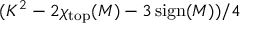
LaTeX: ( K ^ { 2 } - 2 \chi _ { \mathrm { t o p } } ( M ) - 3 \operatorname { s i g n } ( M ) ) / 4